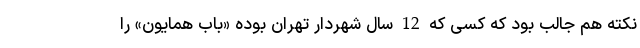
نکته هم جالب بود که کسی که 12 سال شهردار تهران بوده «باب همایون» را